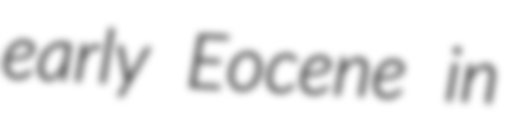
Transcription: early Eocene in